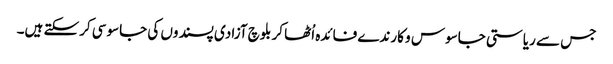
جس سے ریاستی جاسوس و کارندے فائدہ اُٹھا کر بلوچ آزادی پسندوں کی جاسوسی کرسکتے ہیں۔